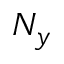
N _ { y }